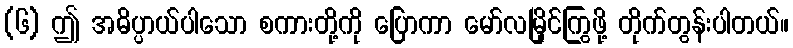
(၆) ဤ အဓိပ္ပာယ်ပါသော စကားတို့ကို ပြောကာ မော်လမြိုင်ကြွဖို့ တိုက်တွန်းပါတယ်။